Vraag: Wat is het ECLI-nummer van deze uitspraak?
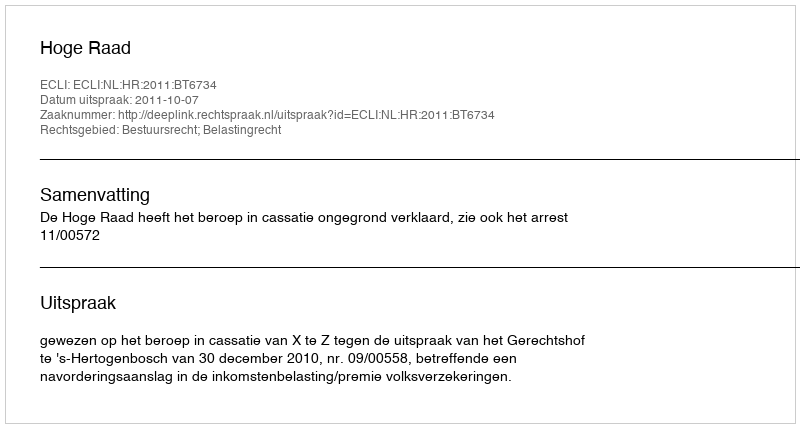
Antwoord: ECLI:NL:HR:2011:BT6734